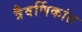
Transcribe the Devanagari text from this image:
त्रैवर्णिकांत